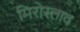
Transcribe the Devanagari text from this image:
मिरोस्लाव